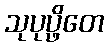
သုပုပ္ဖိတေ